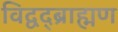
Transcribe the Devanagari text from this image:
विद्वद्ब्राह्मण